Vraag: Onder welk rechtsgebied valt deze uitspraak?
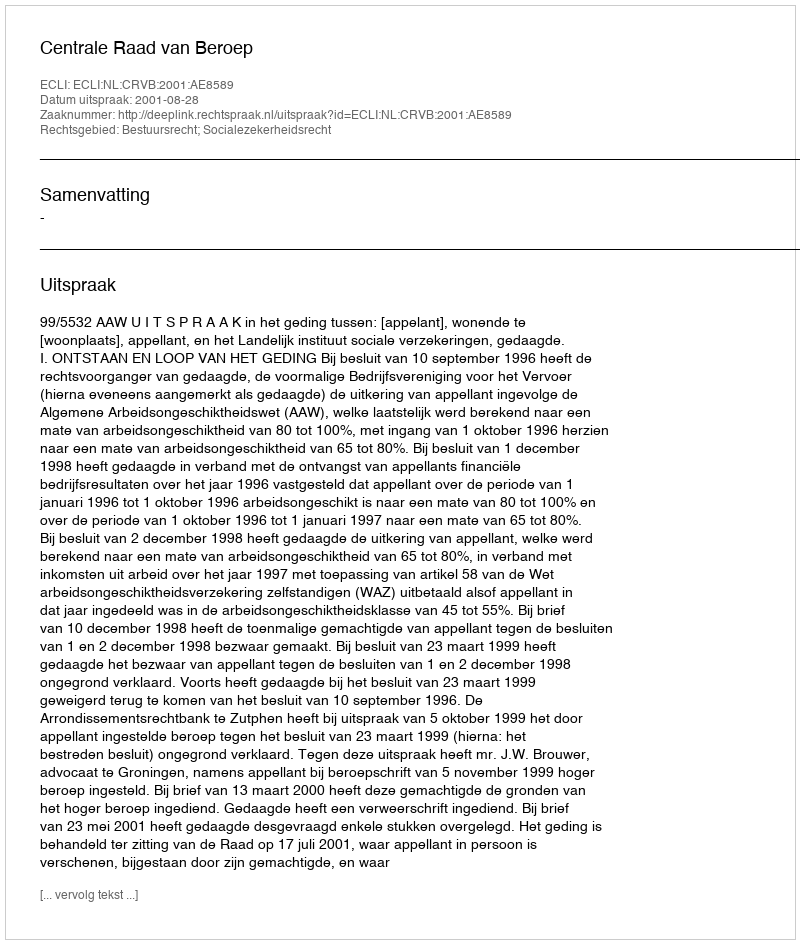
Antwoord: Bestuursrecht; Socialezekerheidsrecht